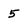
Character: 5